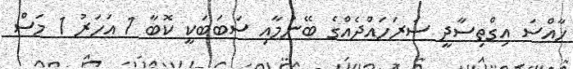
ޚާއްސަ އިގްތިސާދީ ސަރަހައްދެއްގެ ބޭނުމާއި ސަބަބަކީ ކޮބާ 1 އަހަރު 1 މަސް